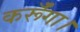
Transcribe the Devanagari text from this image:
कर्रूँगा।